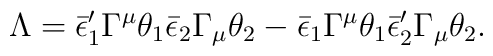
\Lambda = \bar\epsilon'_1 \Gamma^\mu \theta_1 \bar\epsilon_2 \Gamma_\mu\theta_2 - \bar\epsilon_1 \Gamma^\mu \theta_1 \bar\epsilon'_2 \Gamma_\mu\theta_2.